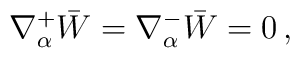
\nabla^+_\alpha\bar W   = \nabla^-_\alpha\bar W  = 0\,,